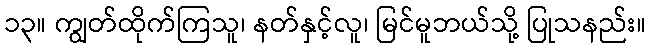
၁၃။ ကျွတ်ထိုက်ကြသူ၊ နတ်နှင့်လူ၊ မြင်မူဘယ်သို့ ပြုသနည်း။